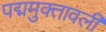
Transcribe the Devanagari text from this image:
पद्ममुक्तावली